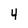
Character: 4